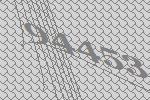
94453